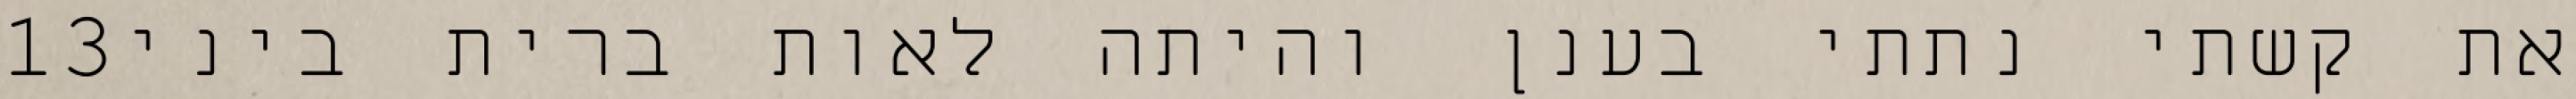
‎13‏ את קשתי נתתי בענן והיתה לאות ברית ביני